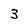
Character: 3